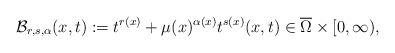
LaTeX: \begin{align*}\mathcal{B}_{r,s,\alpha}(x,t):=t^{r(x)}+\mu(x)^{\alpha(x)} t^{s(x)}(x,t)\in \overline{\Omega}\times [0,\infty),\end{align*}